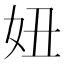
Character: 妞